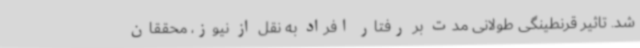
شد. تاثیر قرنطینگی طولانی مدت بر رفتار افراد به نقل از نیوز، محققان